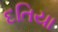
દતિયા